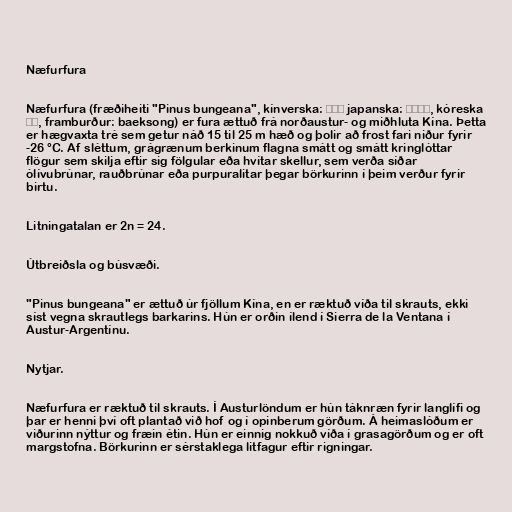
Næfurfura

Næfurfura (fræðiheiti "Pinus bungeana", kínverska: 白皮松 japanska: シロマツ, kóreska
백송, framburður: baeksong) er fura ættuð frá norðaustur- og miðhluta Kína. Þetta
er hægvaxta tré sem getur náð 15 til 25 m hæð og þolir að frost fari niður fyrir
-26 °C. Af sléttum, grágrænum berkinum flagna smátt og smátt kringlóttar
flögur sem skilja eftir sig fölgular eða hvítar skellur, sem verða síðar
ólívubrúnar, rauðbrúnar eða purpuralitar þegar börkurinn í þeim verður fyrir
birtu.

Litningatalan er 2n = 24.

Útbreiðsla og búsvæði.

"Pinus bungeana" er ættuð úr fjöllum Kína, en er ræktuð víða til skrauts, ekki
síst vegna skrautlegs barkarins. Hún er orðin ílend í Sierra de la Ventana í
Austur-Argentínu.

Nytjar.

Næfurfura er ræktuð til skrauts. Í Austurlöndum er hún táknræn fyrir langlífi og
þar er henni því oft plantað við hof og í opinberum görðum. Á heimaslóðum er
viðurinn nýttur og fræin étin. Hún er einnig nokkuð víða í grasagörðum og er oft
margstofna. Börkurinn er sérstaklega litfagur eftir rigningar.